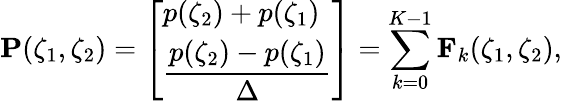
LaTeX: \mathbf P(\zeta_{1},\zeta_{2})=\left[\begin{array}{l}{p(\zeta_{2})+p(\zeta_{1})}\\ {\displaystyle\frac{p(\zeta_{2})-p(\zeta_{1})}\Delta}\end{array}\right]=\sum_{k=0}^{K-1}\mathbf F_{k}(\zeta_{1},\zeta_{2}),